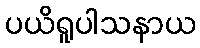
ပယိရူပါသနာယ